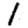
Digit: 1